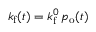
k _ { \mathrm { f } } ( t ) = k _ { \mathrm { f } } ^ { 0 } \, p _ { \mathrm { o } } ( t )